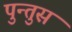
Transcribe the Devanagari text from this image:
पुन्तुस